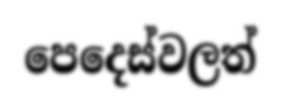
පෙදෙස්වලත්